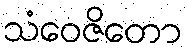
သံဝေဇိတော